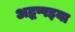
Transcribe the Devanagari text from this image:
अद्धप्पइया